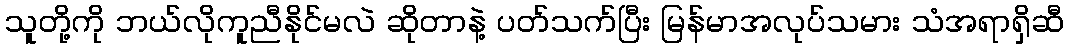
သူတို့ကို ဘယ်လိုကူညီနိုင်မလဲ ဆိုတာနဲ့ ပတ်သက်ပြီး မြန်မာအလုပ်သမား သံအရာရှိဆီ